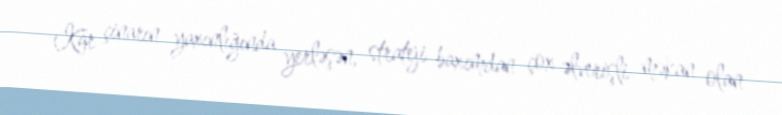
Kar çinarın yaxınlığında yerləşən, strateji baxımdan çox əlverişli məkan olan